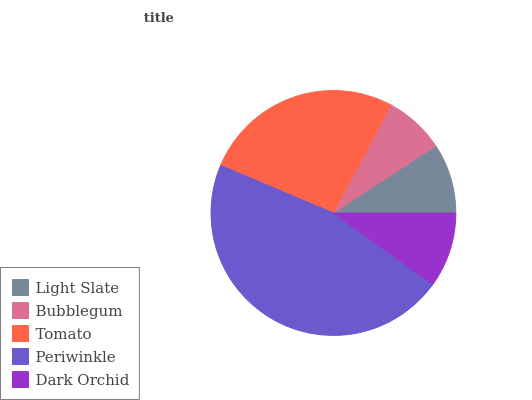
| Light Slate | Bubblegum | Tomato | Periwinkle | Dark Orchid |
 | --- | --- | --- | --- | --- |
 | 9.26% | 7.97% | 26.4% | 46.4% | 9.94% |